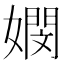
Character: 𡢄